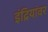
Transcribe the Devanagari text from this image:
इंद्रियांवर